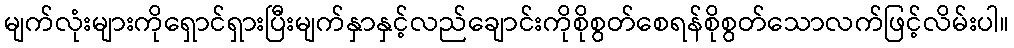
မျက်လုံးများကိုရှောင်ရှားပြီးမျက်နှာနှင့်လည်ချောင်းကိုစိုစွတ်စေရန်စိုစွတ်သောလက်ဖြင့်လိမ်းပါ။